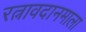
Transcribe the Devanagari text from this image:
रत्नावदानमाला